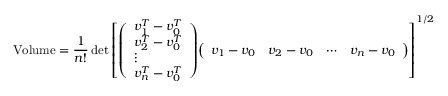
\mathrm { V o l u m e } = { \frac { 1 } { n ! } } \operatorname* { d e t } \left[ { \left( \begin{array} { l } { v _ { 1 } ^ { T } - v _ { 0 } ^ { T } } \\ { v _ { 2 } ^ { T } - v _ { 0 } ^ { T } } \\ { \vdots } \\ { v _ { n } ^ { T } - v _ { 0 } ^ { T } } \end{array} \right) } { \left( \begin{array} { l l l l } { v _ { 1 } - v _ { 0 } } & { v _ { 2 } - v _ { 0 } } & { \cdots } & { v _ { n } - v _ { 0 } } \end{array} \right) } \right] ^ { 1 / 2 }